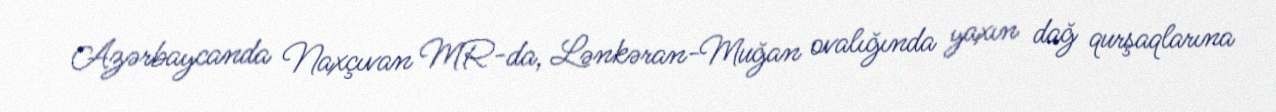
Azərbaycanda Naxçıvan MR-da, Lənkəran-Muğan ovalığında yaxın dağ qurşaqlarına